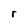
Character: r